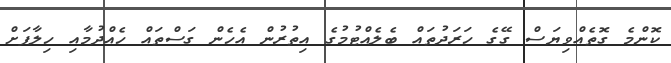
ކޮންމެ ގޮތެއްވިޔަސް ގޭގެ ހަރަދުތައް ބެލެއްޓުމުގެ އިތުރުން އެހެން ގަސްތައް ހެއްދުމާއި ހިލާފަށް